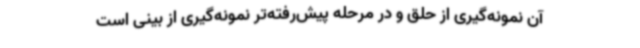
آن نمونه‌گیری از حلق و در مرحله پیش‌رفته‌تر نمونه‌گیری از بینی است